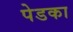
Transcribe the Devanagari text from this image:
पेडका